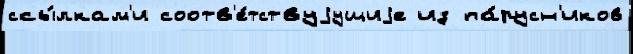
ссы́лкам'и соотв'е́тствуjущиjе из па́русн'иков